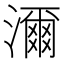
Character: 濔